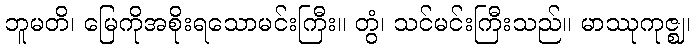
ဘူမတိ၊ မြေကိုအစိုးရသောမင်းကြီး။ တွံ၊ သင်မင်းကြီးသည်။ မာဿုကုဇ္ဈ၊